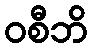
ဝစီဘိ